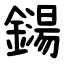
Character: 鐋